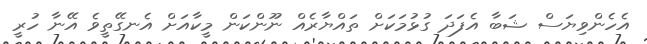
އެހެންވިޔަސް ޝަބާ އެފަދަ ގުޅުމަކަށް ތައްޔާރެއް ނޫންކަން މީކާއަށް އެނގޭތީވެ އޭނާ ހުރީ